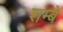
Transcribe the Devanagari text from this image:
शम्बे